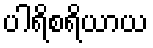
ပါရိစရိယာယ